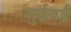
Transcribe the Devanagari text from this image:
तुईवई